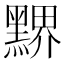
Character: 𪑹